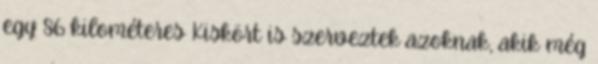
egy 86 kilométeres Kiskört is szerveztek azoknak, akik még